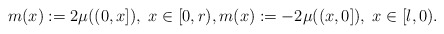
\begin{align*}m(x):=2\mu( (0,x]),\; x\in [0, r),m(x):=-2\mu((x,0]),\; x\in [l,0).\end{align*}